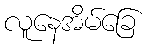
လူနေအိမ်ခြေ